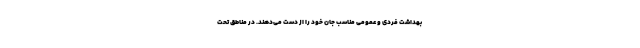
بهداشت فردی و عمومی مناسب جان خود را از دست می‌دهند. در مناطق تحت